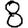
Digit: 8